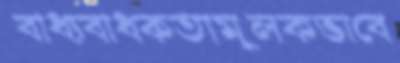
বাধ্যবাধকতামূলকভাবে